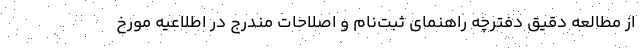
از مطالعه دقیق دفترچه راهنمای ثبت‌نام و اصلاحات مندرج در اطلاعیه مورخ